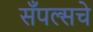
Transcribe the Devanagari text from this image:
सँपल्सचे